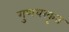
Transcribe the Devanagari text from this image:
गुणधरकृत